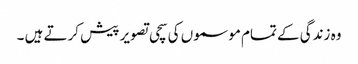
وہ زندگی کے تمام موسموں کی سچی تصویر پیش کرتے ہیں ۔